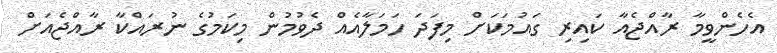
އެހެންވީމާ ރާއްޖެއާ ކައިރި ގައުމަކަށް މިފަދަ ހަމަލާއެއް ދެވުމުން މިކަމުގެ ނުރައްކާ ރާއްޖެއަށް